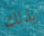
بذلك